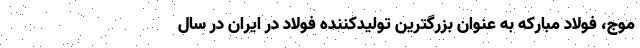
موج، فولاد مبارکه به عنوان بزرگترین تولیدکننده فولاد در ایران در سال